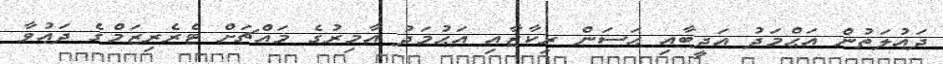
ދައުލަތުން އަޙްމަދު އަދީބާއި ޙަސަން ރިކާާޒާއި އަޙުމަދު އާމިރުގެ މައްޗަށް ޓެރެރިޒަމްގެ ދަޢުވާ